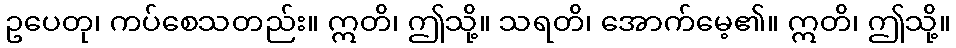
ဥပေတု၊ ကပ်စေသတည်း။ ဣတိ၊ ဤသို့။ သရတိ၊ အောက်မေ့၏။ ဣတိ၊ ဤသို့။